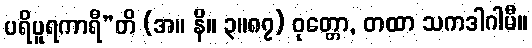
ပရိပူရကာရီ”တိ (အ။ နိ။ ၃။၈၇) ဝုတ္တော, တထာ သကဒါဂါမီ။